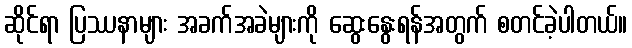
ဆိုင်ရာ ပြဿနာများ အခက်အခဲများကို ဆွေးနွေးရန်အတွက် စတင်ခဲ့ပါတယ်။